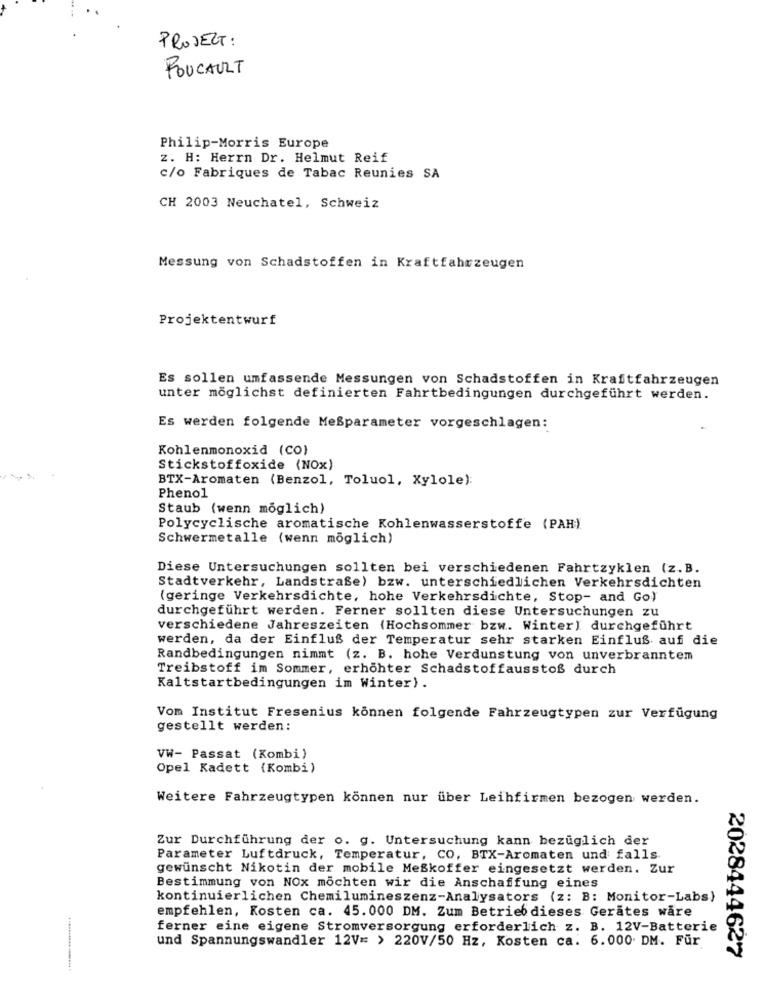
PROJECT :
FOUCAULT
Philip-Morris Europe
z. H: Herrn Dr. Helmut Reif
c/o Fabriques de Tabac Reunies SA
CH 2003 Neuchatel, Schweiz
Messung von Schadstoffen in Kraftfahrzeugen
Projektentwurf
Es sollen umfassende Messungen von Schadstoffen in Kraftfahrzeugen
unter möglichst definierten Fahrtbedingungen durchgeführt werden.
Es werden folgende Meßparameter vorgeschlagen:
Kohlenmonoxid (CO)
Stickstoffoxide (NOX)
BTX-Aromaten (Benzol, Toluol, Xylole):
Phenol
Staub (wenn möglich)
Polycyclische aromatische Kohlenwasserstoffe (PAH)
Schwermetalle (wenn möglich)
Diese Untersuchungen sollten bei verschiedenen Fahrtzyklen (z.B.
Stadtverkehr, Landstraße) bzw. unterschiedlichen Verkehrsdichten
(geringe Verkehrsdichte, hohe Verkehrsdichte, Stop- and Go)
durchgeführt werden. Ferner sollten diese Untersuchungen zu
verschiedene Jahreszeiten (Hochsommer bzw. Winter) durchgeführt
werden, da der Einfluß der Temperatur sehr starken Einfluß auf die
Randbedingungen nimmt (z. B. hohe Verdunstung von unverbranntem
Treibstoff im Sommer, erhöhter Schadstoffausstoß durch
Kaltstartbedingungen im Winter).
Vom Institut Fresenius können folgende Fahrzeugtypen zur Verfügung
gestellt werden:
VW- Passat (Kombi)
Opel Kadett (Kombi)
Weitere Fahrzeugtypen können nur über Leihfirmen bezogen werden.
Zur Durchführung der o. g. Untersuchung kann bezüglich der
Parameter Luftdruck, Temperatur, CO, BTX-Aromaten und falls
gewünscht Nikotin der mobile Meßkoffer eingesetzt werden. Zur
Bestimmung von NOx möchten wir die Anschaffung eines
kontinuierlichen Chemilumineszenz-Analysators (z: B: Monitor-Labs}
empfehlen, Kosten ca. 45.000 DM. Zum Betrieb dieses Gerates ware
ferner eine eigene Stromversorgung erforderlich z. B. 12V-Batterie
und Spannungswandler 12V= > 220V/50 Hz, Kosten ca. 6.000 DM. Für
2028444627